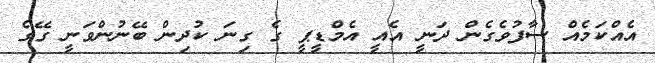
އެއްކަމެއް ސާފުވެގެން ދަނީ އެއީ އެމްޑީޕީ ގެ ގިނަ ކުދިން ބޭނުންވަނީ ގޭގެ